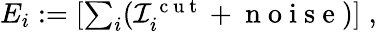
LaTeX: \begin{array}{r}{E_{i}:=\left[\sum_{i}(\mathcal I_{i}^{\mathrm{~c~u~t~}}+\mathrm{~n~o~i~s~e~})\right]\; ,}\end{array}